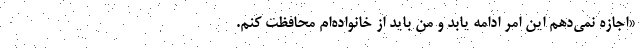
«اجازه نمی‌دهم این امر ادامه یابد و من باید از خانواده‌ام محافظت کنم.